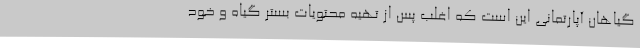
گیاهان آپارتمانی این است که اغلب پس از تهیه محتویات بستر گیاه و خود